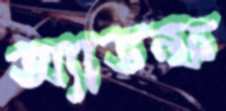
অ্যাডল্ফ